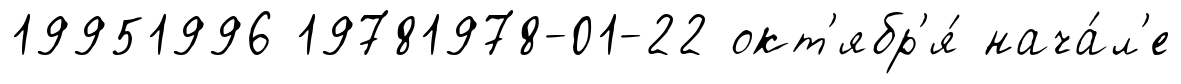
19951996 19781978-01-22 окт'ябр'я́ нача́л'е